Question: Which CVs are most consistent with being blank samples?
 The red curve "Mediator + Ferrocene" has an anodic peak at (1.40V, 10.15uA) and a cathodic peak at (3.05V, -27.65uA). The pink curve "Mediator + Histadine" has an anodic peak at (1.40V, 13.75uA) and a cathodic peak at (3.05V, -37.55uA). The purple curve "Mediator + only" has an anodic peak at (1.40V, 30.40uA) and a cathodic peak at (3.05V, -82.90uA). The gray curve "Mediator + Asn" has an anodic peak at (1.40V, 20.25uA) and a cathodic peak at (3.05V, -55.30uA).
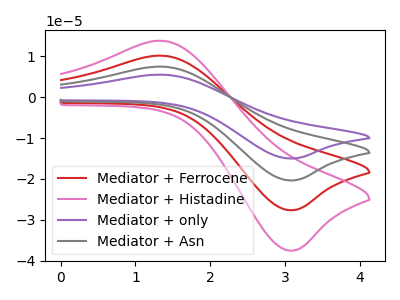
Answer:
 <answer>There are not any CV's on this graph that are likely to be blanks.</answer>
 <eval>none</eval>